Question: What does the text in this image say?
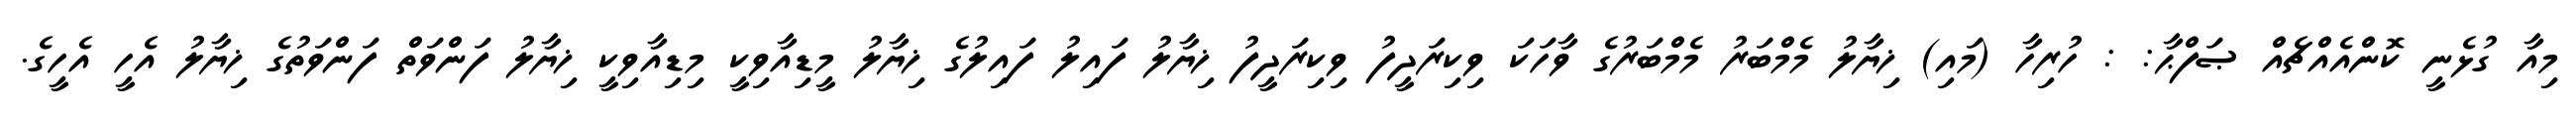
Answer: މިއާ ގުޅެނީ ކޮންއެއްޗެއް ޞަފްޙާ: : ހުރިހާ (މައި) ޚިޔާލު މެމްބަރު މެމްބަރުގެ ވާހަކަ ވިކިރަދީފު ވިކިރަދީފު ޚިޔާލު ފައިލު ފައިލުގެ ޚިޔާލު މީޑިއާވިކީ މިޑިއާވިކީ ޚިޔާލު ފަންވަތް ފަންވަތުގެ ޚިޔާލު އެހީ އެހީގެ.